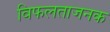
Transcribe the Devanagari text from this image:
विफलताजनक